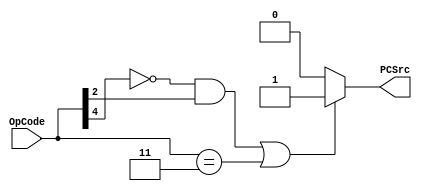

module PCSrcMod (OpCode, PCSrc);

input [4:0]	OpCode;
output		PCSrc;

assign PCSrc = ((~OpCode[4] & OpCode[2]) | (OpCode == 5'b00011)) ? 1'b1 : 1'b0;

endmodule